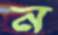
ন